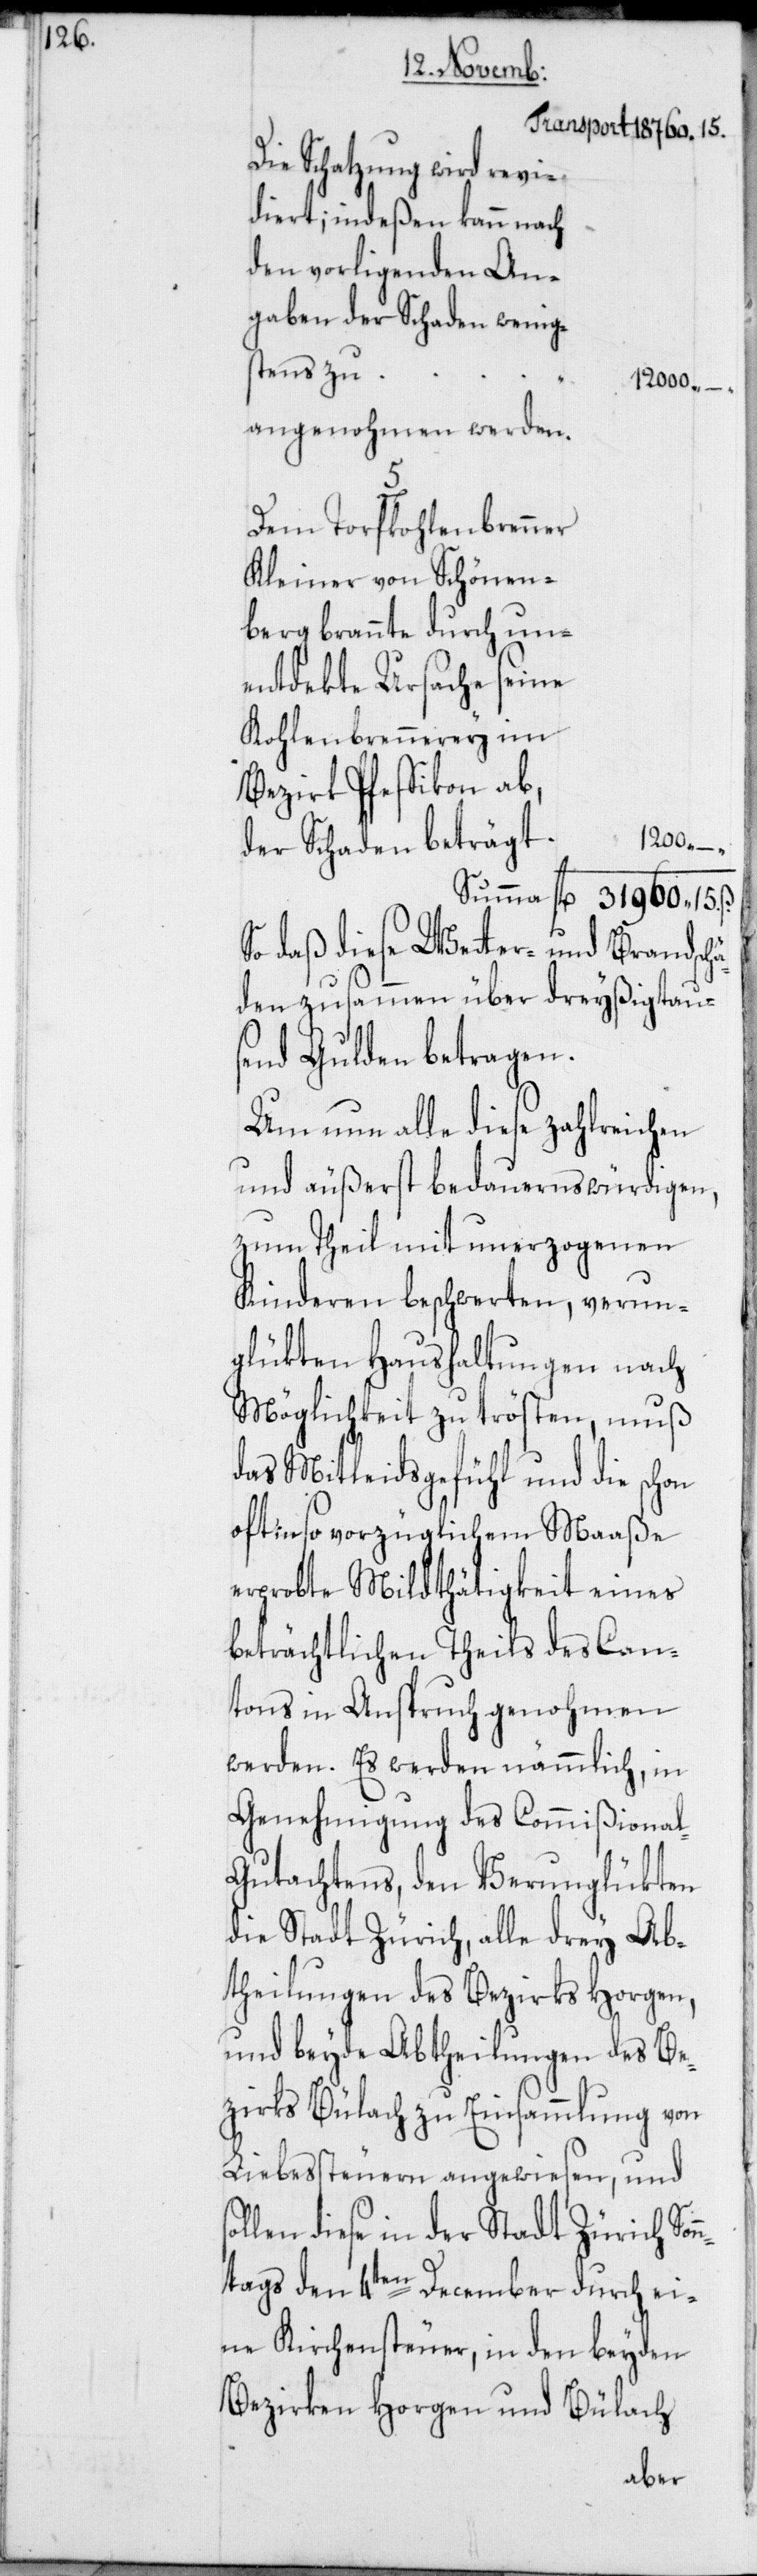
Die Schatzung wird revi¬
diert; indeßen kann nach
den vorligenden An¬
gaben der Schaden wenigs¬
tens zu
12 000.
angenohmen werden.
Dem Torfkohlenbrenner
Kleiner von Schönen¬
berg brannte durch un¬
entdekte Ursache seine
Kohlenbrennerey im
Bezirke Pfeffikon ab,
1200. –.
der Schaden beträgt
Summa
31 960. 15.
So daß diese Wetter- und Brandsch¬
äden zusammen über dreyßigtaus¬
end Gulden betragen.
Um nun alle diese zahlreichen
und äußerst bedauernswürdigen,
zum Theil mit unerzogenen
Kinderen beschwerten, verun¬
glükten Haushaltungen nach
Möglichkeit zu trösten, muß
das Mitleidsgefühl und die schon
oft in so vorzüglichem Maaße
erprobte Mildthätigkeit eines
beträchtlichen Theils des Can¬
tons in Anspruch genohmen
werden. Es werden nämmlich, in
Genehmigung des Commißional-G¬
utachtens, den Verunglükten
die Stadt Zürich, alle drey Ab¬
theilungen des Bezirks Horgen,
und beyde Abtheilungen des Be¬
zirks Bülach zu Einsammlung von
Liebessteuern angewiesen, und
llen diese in der Stadt Zürich Son¬
ntags den 4ten December durch ei¬
ne Kirchensteuer, in den beyden
Bezirken Horgen und Bülach
so¬